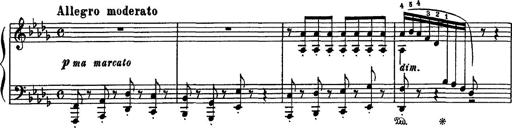
Title: Fantaisie sur des motifs favoris de l'opÃ©ra 'La sonnambula'
Composer: Franz Liszt